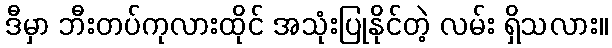
ဒီမှာ ဘီးတပ်ကုလားထိုင် အသုံးပြုနိုင်တဲ့ လမ်း ရှိသလား။